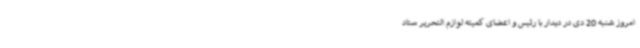
امروز شنبه 20 دی در دیدار با رئیس و اعضای کمیته لوازم التحریر ستاد